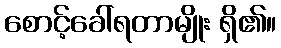
စောင့်ခေါ်ရတာမျိုး ရှိ၏။